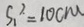
S _ { 1 } ^ { 2 } = 1 0 c m